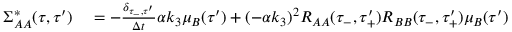
\begin{array} { r l } { \Sigma _ { A A } ^ { * } ( \tau , \tau ^ { \prime } ) } & { { } = - \frac { \delta _ { \tau _ { - } , \tau ^ { \prime } } } { \Delta t } \alpha k _ { 3 } \mu _ { B } ( \tau ^ { \prime } ) + ( - \alpha k _ { 3 } ) ^ { 2 } R _ { A A } ( \tau _ { - } , \tau _ { + } ^ { \prime } ) R _ { B B } ( \tau _ { - } , \tau _ { + } ^ { \prime } ) \mu _ { B } ( \tau ^ { \prime } ) } \end{array}